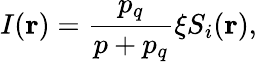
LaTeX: I({\mathbf r})=\frac{p_{q}}{p+p_{q}}\xi S_{i}({\mathbf r}),